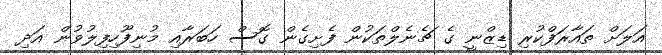
އަލަށް ތައާރަފްކުރި ޑިޒްނީ ގެ ޗެނެލްތަކުން ފެށިގެން ގޮސް ހަބަރާއި މުނިފޫހިފިލުވުން އަދި